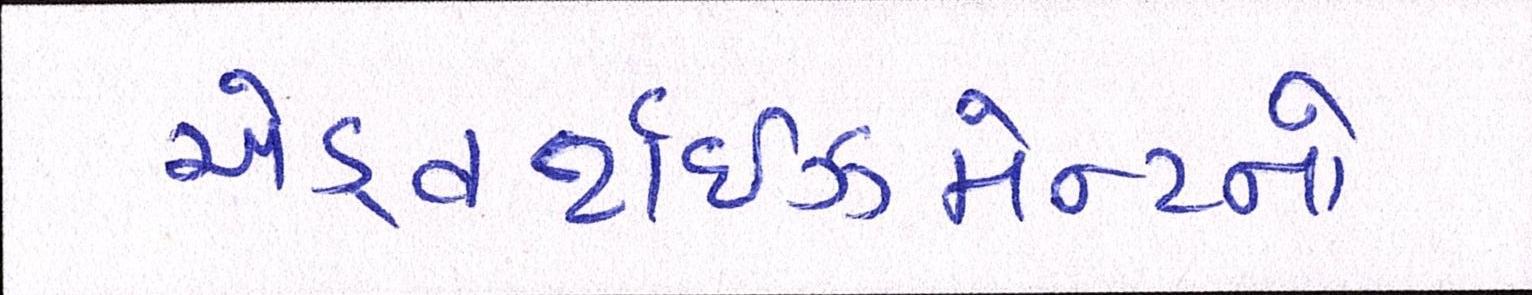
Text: એડ્વર્ટાઇઝમેન્ટનો